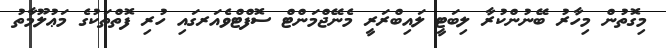
މިގޮތުން މިހާރު ބޭނުންކުރާ ލިބަޓީ ލައިބްރަރީ މެނޭޖްމަންޓް ސޮފްޓްވެއަރގައި ހުރި ފޮތްތަކުގެ މަޢުލޫމާތު